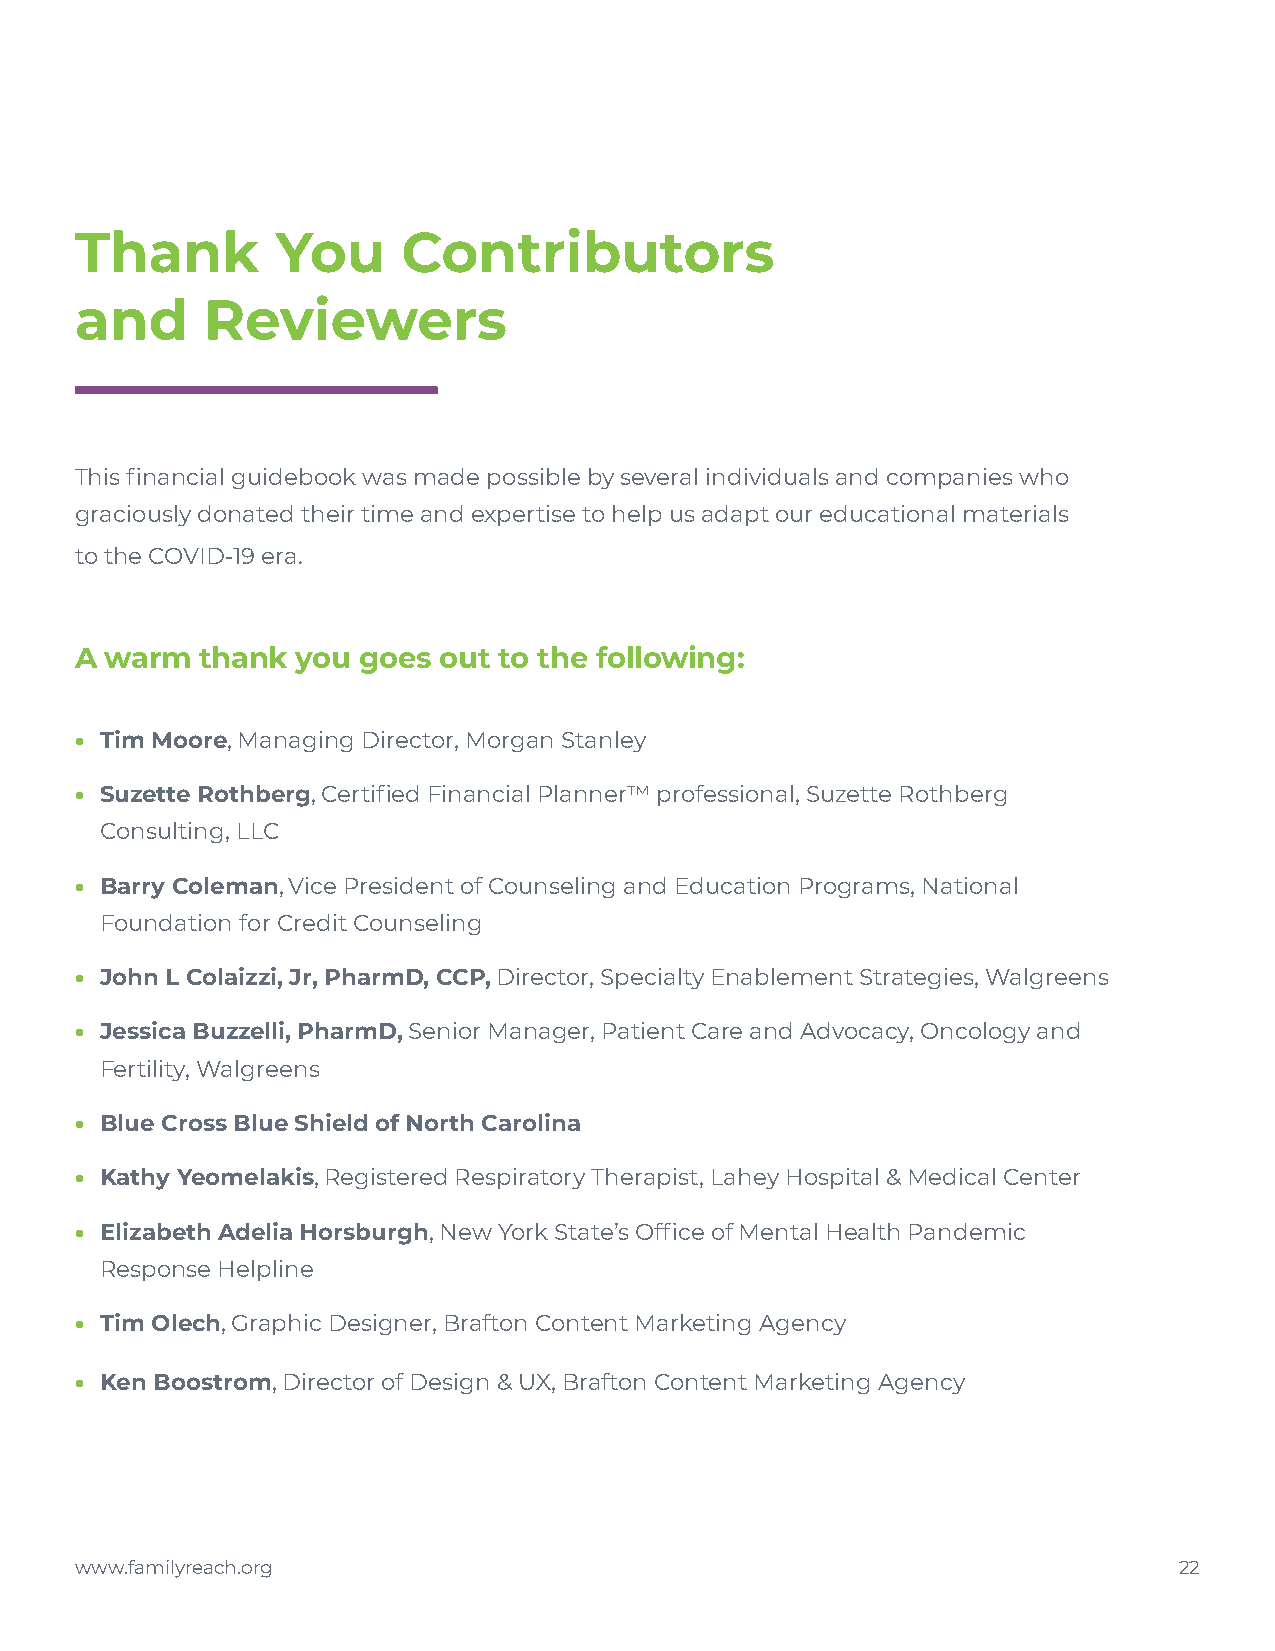
Thank        You      Contributors
 and     Reviewers
 This financial guidebook was made possible by several individuals and companies who
 graciously donated their time and expertise to help us adapt our educational materials
 to the COVID-19 era.
 A warm  thank  you goes out to the following:
 • Tim Moore, Managing Director, Morgan Stanley
 • Suzette Rothberg, Certified Financial Planner™ professional, Suzette Rothberg
 Consulting, LLC
 • Barry Coleman, Vice President of Counseling and Education Programs, National
 Foundation for Credit Counseling
 • John L Colaizzi, Jr, PharmD, CCP, Director, Specialty Enablement Strategies, Walgreens
 • Jessica Buzzelli, PharmD, Senior Manager, Patient Care and Advocacy, Oncology and
 Fertility, Walgreens
 • Blue Cross Blue Shield of North Carolina
 • Kathy Yeomelakis, Registered Respiratory Therapist, Lahey Hospital & Medical Center
 • Elizabeth Adelia Horsburgh, New York State’s Office of Mental Health Pandemic
 Response Helpline
 • Tim Olech, Graphic Designer, Brafton Content Marketing Agency
 • Ken Boostrom, Director of Design & UX, Brafton Content Marketing Agency
 www.familyreach.org                                                      22